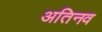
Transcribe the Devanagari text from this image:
अतिनव